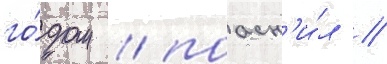
го́дом / поасн'и́л /